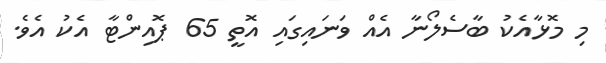
މި މޮޅާއެކު ބާސެލޯނާ އެއް ވަނައިގައި އޮތީ 65 ޕޮއިންޓާ އެކު އެވެ.